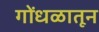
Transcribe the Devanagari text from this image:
गोंधळातून